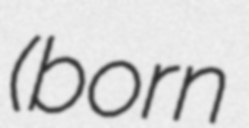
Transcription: (born